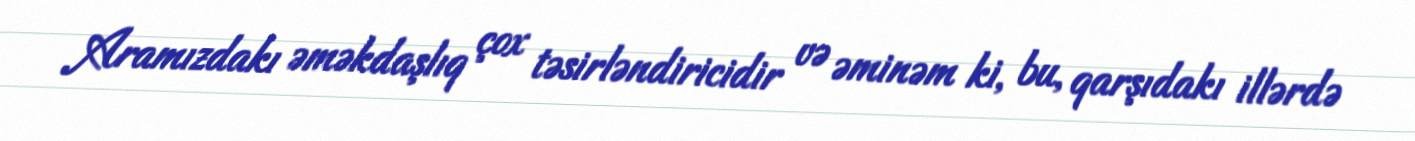
Aramızdakı əməkdaşlıq çox təsirləndiricidir və əminəm ki, bu, qarşıdakı illərdə